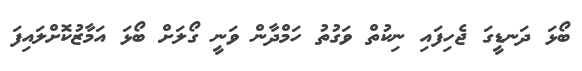
ބޯޅަ ދަނޑީގަ ޖެހިފައި ނިކުތް ވަގުތު ހަމްދާން ވަނީ ގޯލަށް ބޯޅަ އަމާޒުކޮށްލައިފަ